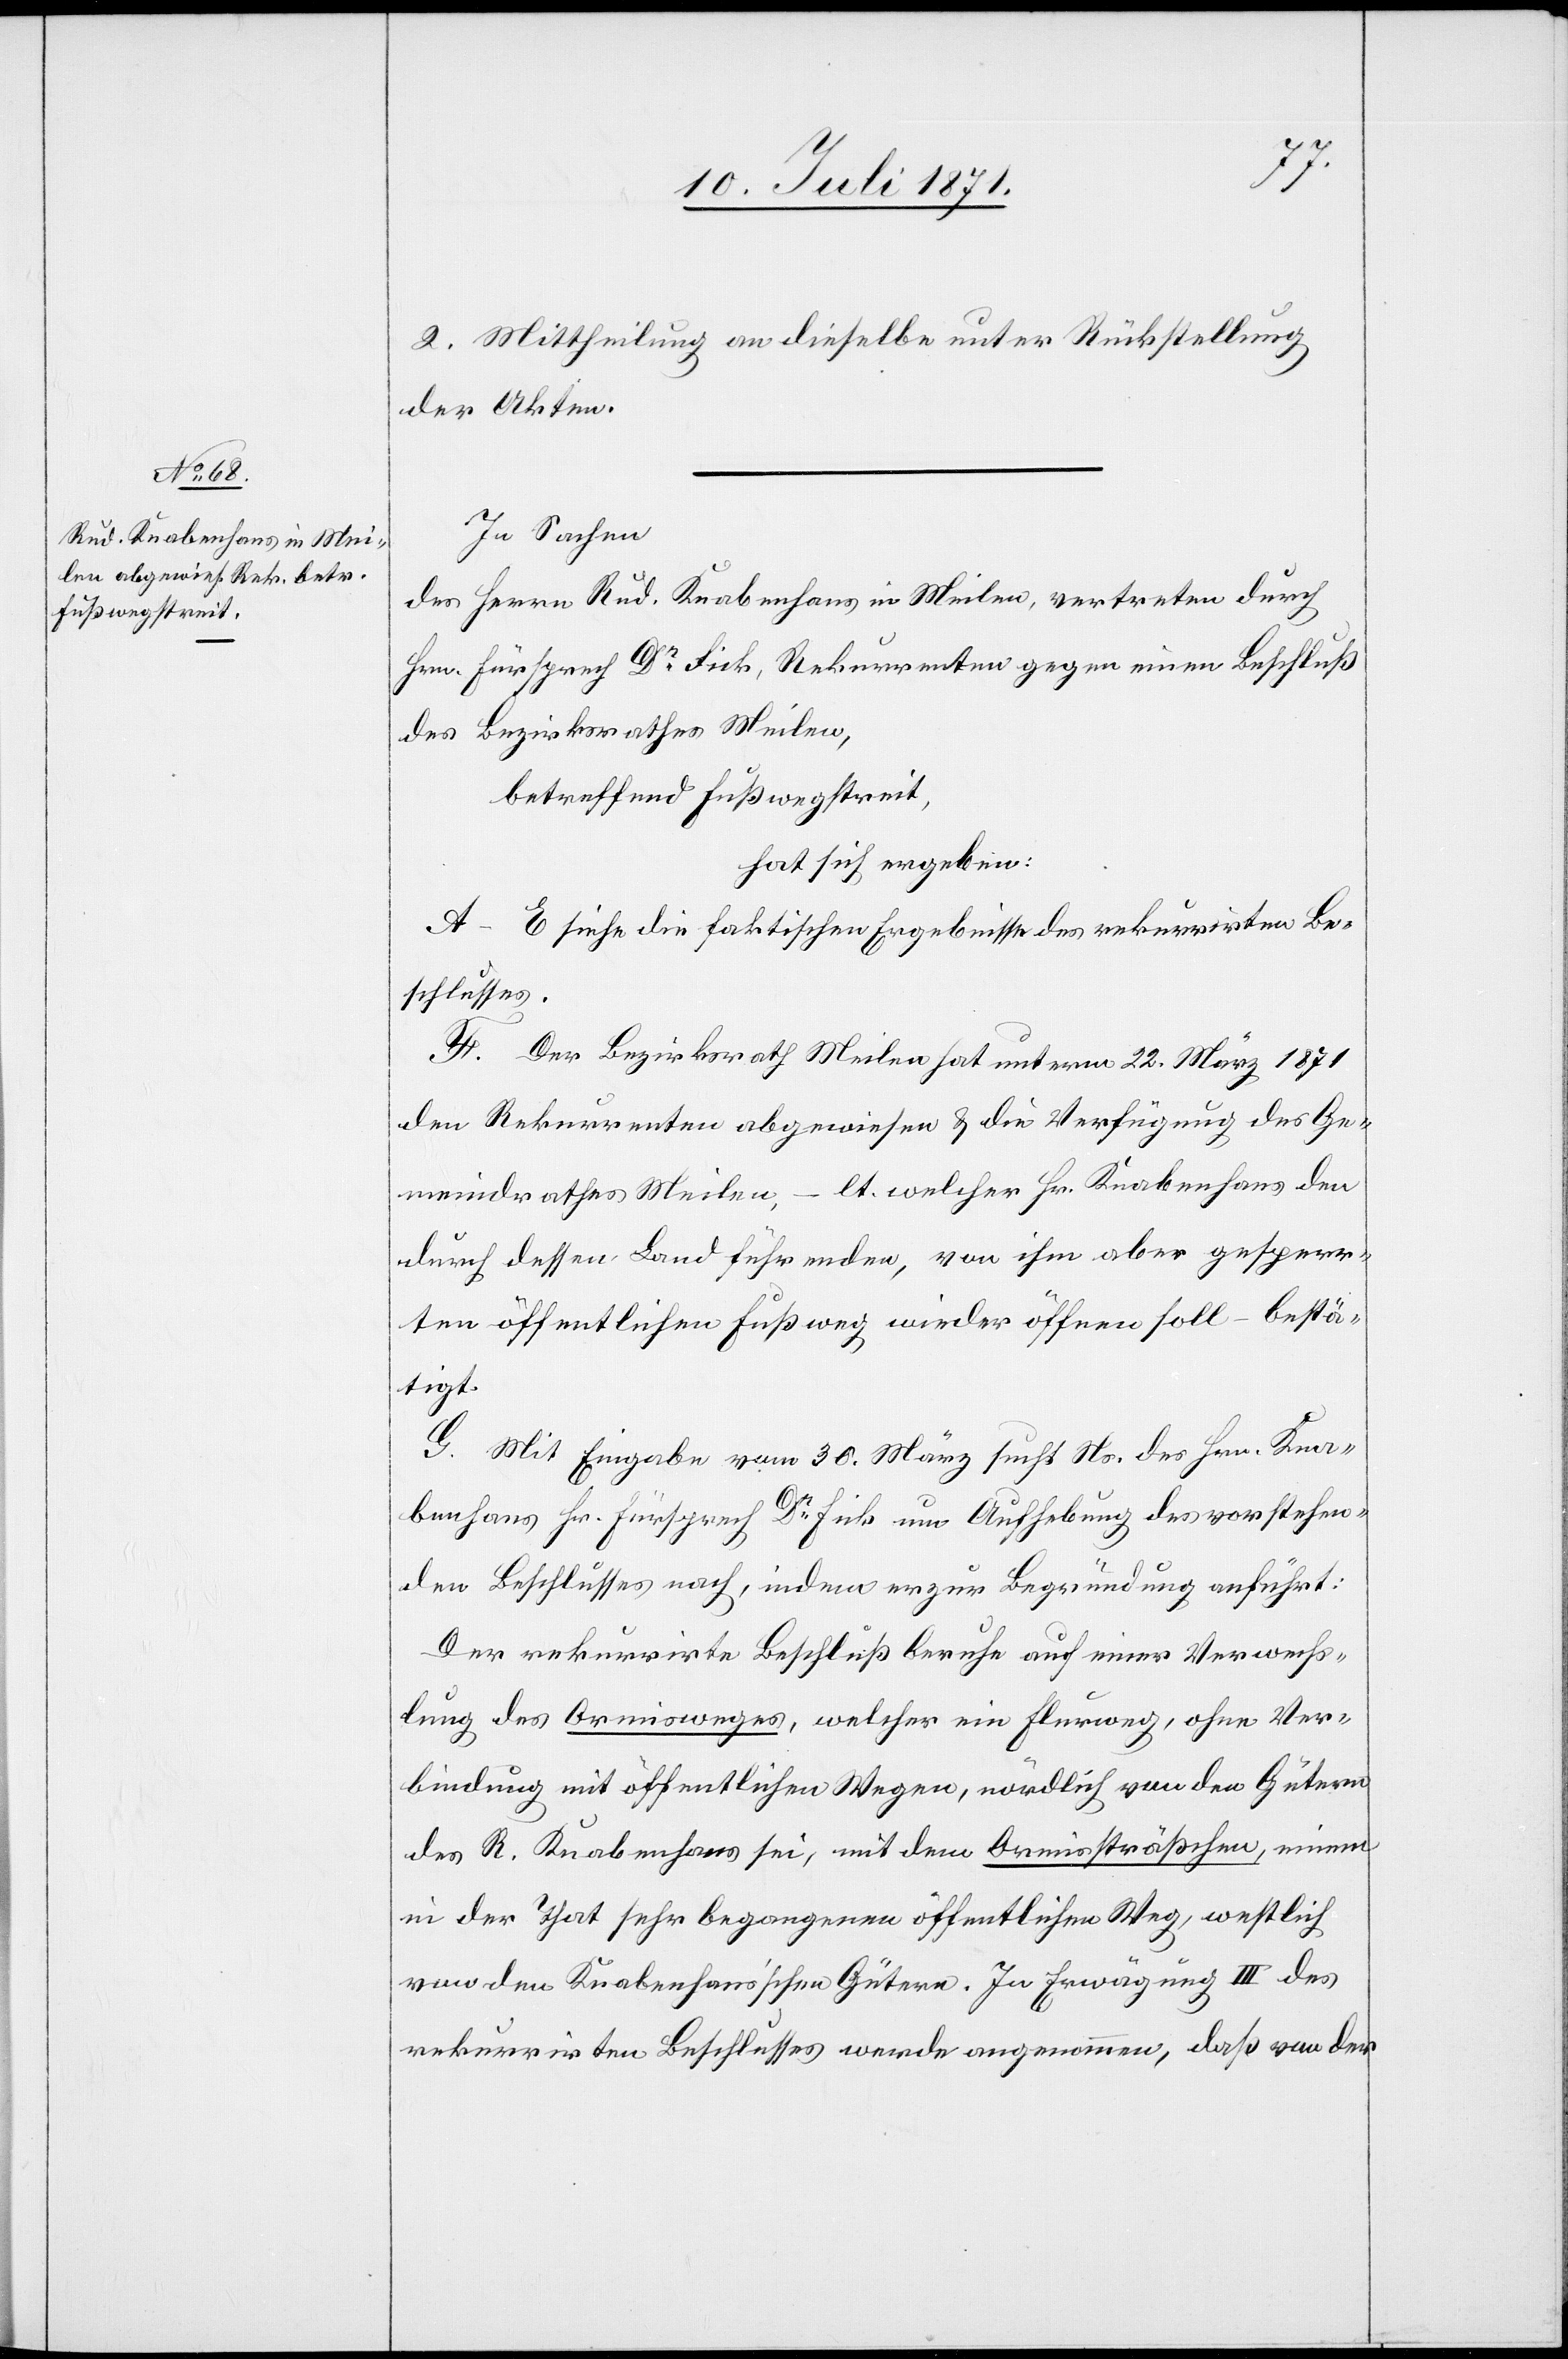
2. Mittheilung an dieselbe unter Rückstellung
der Akten.
In Sachen
des Herrn Rud. Knabenhans in Meilen, vertreten durch
Hrn. Fürsprech Dr. Fick, Rekurrenten gegen einen Beschluß
des Bezirksrathes Meilen,
betreffend Fußwegstreit,
hat sich ergeben:
A–E. siehe die faktischen Ergebnisse des rekurrirten Be¬
schlusses.
F. Der Bezirksrath Meilen hat unterm 22. März 1871
den Rekurrenten abgewiesen u. die Verfügung des Ge¬
meindrathes Meilen, – lt. welcher Hr. Knabenhans den
durch dessen Land führenden, von ihm aber gesperr¬
ten öffentlichen Fußweg wieder öffnen soll – bestä¬
tigt.
G. Mit Eingabe vom 30. März sucht Ns. des Hrn. Kna¬
benhans Hr. Fürsprech Dr. Fick um Aufhebung des vorstehen¬
den Beschlusses nach, indem er zur Begründung anführt:
Der rekurrirte Beschluß beruhe auf einer Verwechs¬
lung des Ormisweges, welcher ein Flurweg, ohne Ver¬
bindung mit öffentlichen Wegen, nördlich von den Gütern
des R. Knabenhans sei, mit dem Ormissträßchen, einem
in der That sehr begangenen öffentlichen Weg, westlich
von den Knabenhans’schen Gütern. In Erwägung III des
rekurrirten Beschlusses werde angenommen, daß von der